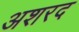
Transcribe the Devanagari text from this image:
अशरद